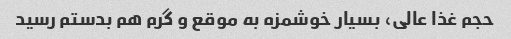
حجم غذا عالی، بسیار خوشمزه به موقع و گرم هم بدستم رسید